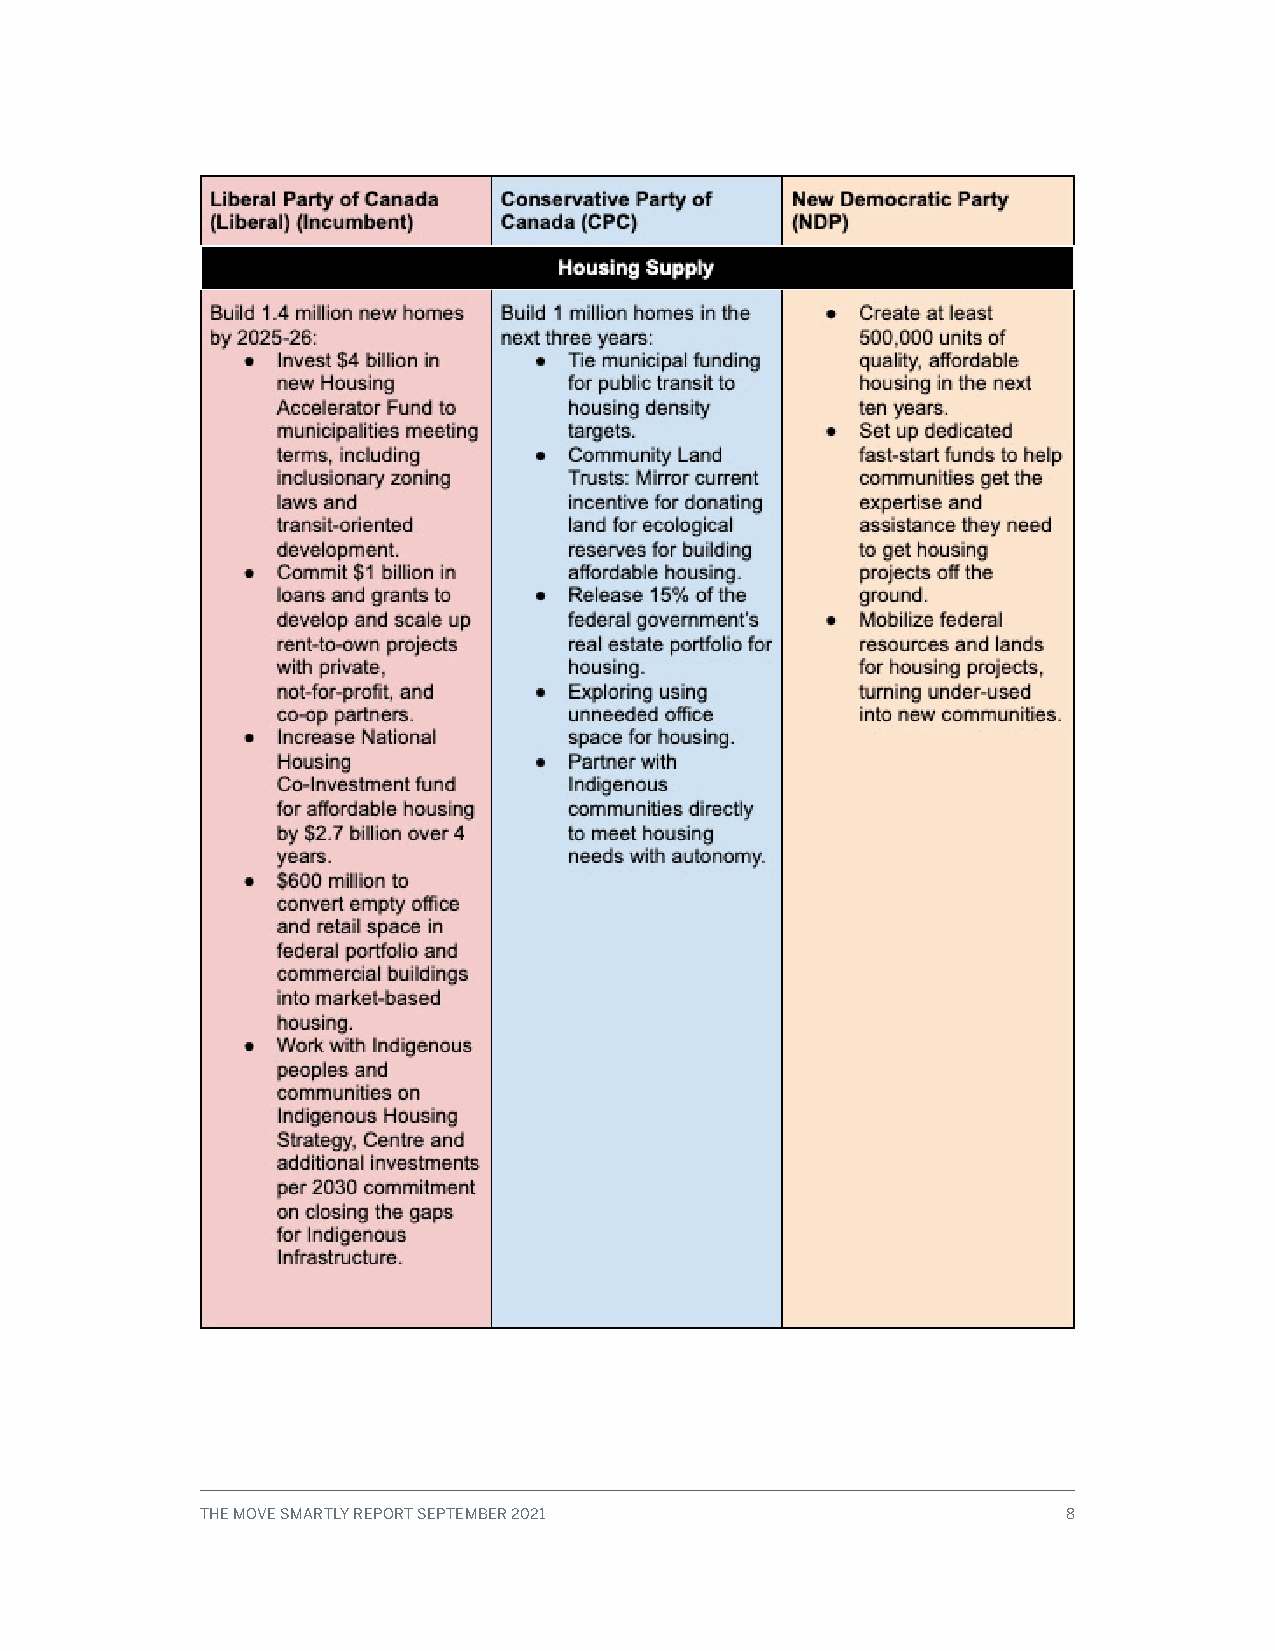
THE MOVE SMARTLY REPORT SEPTEMBER 2021                    8